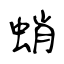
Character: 蛸